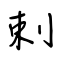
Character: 剌